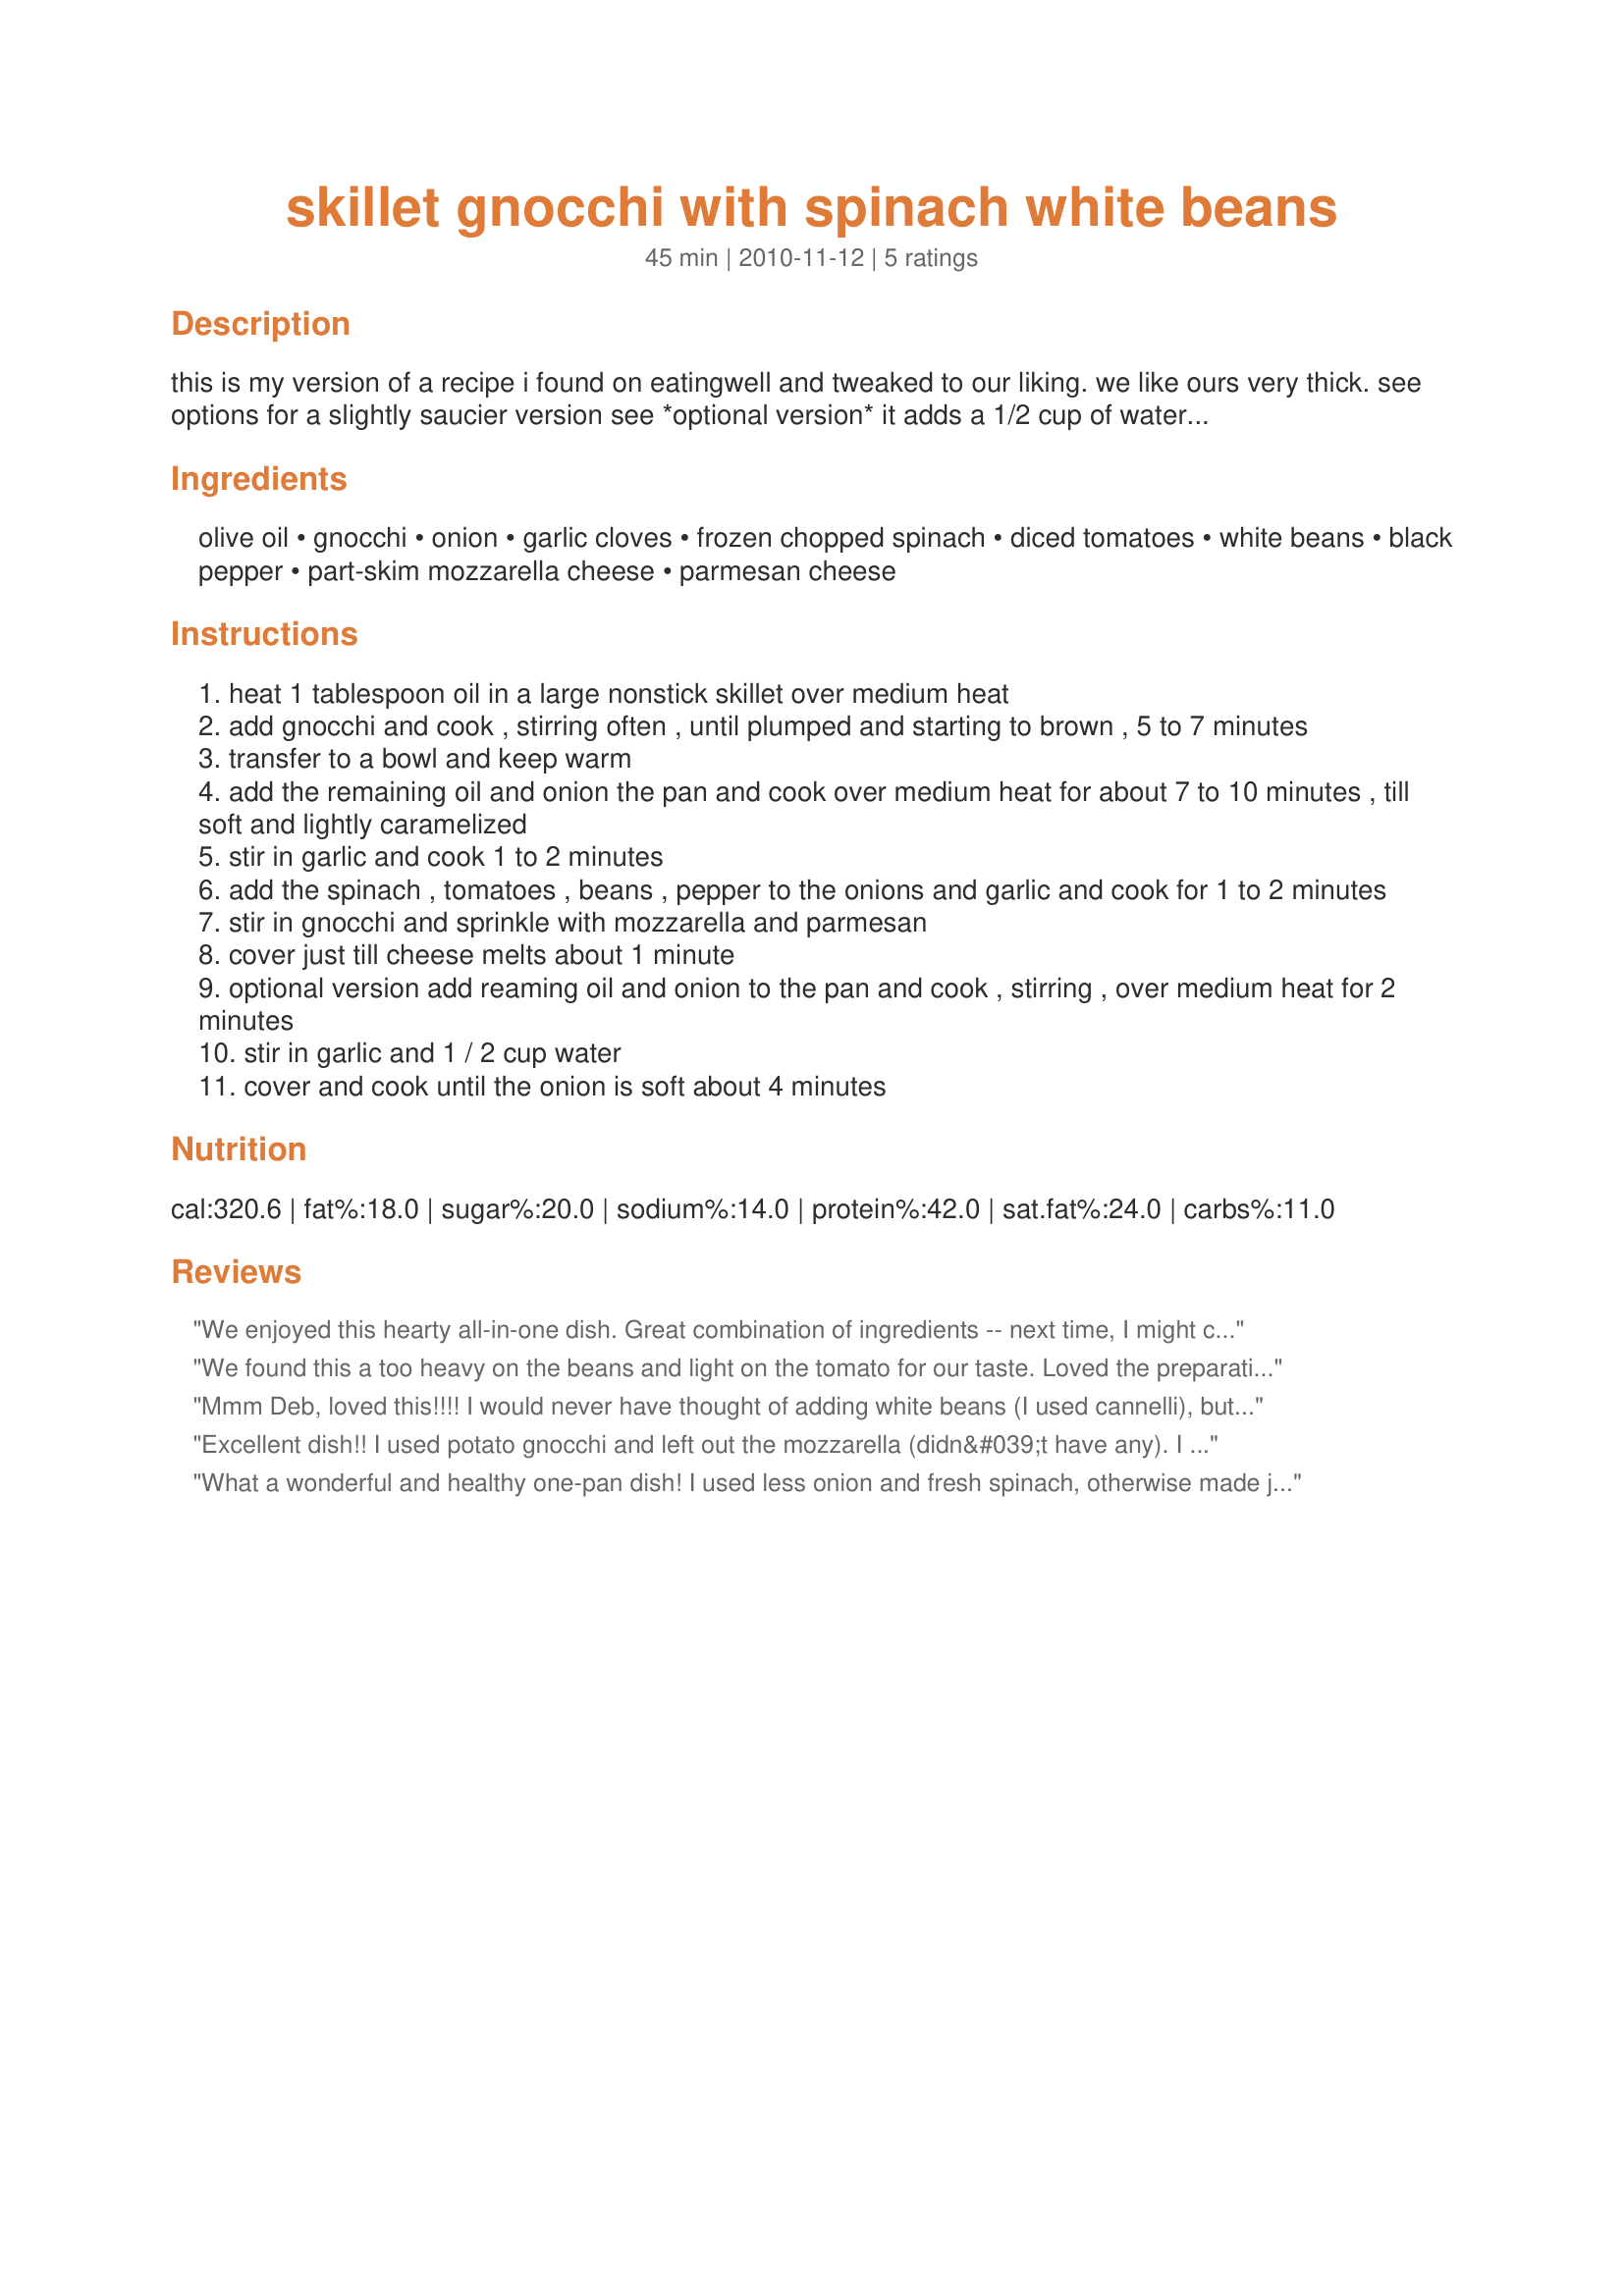
skillet gnocchi with spinach white beans
Preparation time: 45 minutes

this is my version of a recipe i found on eatingwell and tweaked to our liking. we like ours very thick. see options for a slightly saucier version see *optional version* it adds a 1/2 cup of water and changes how the onion is cooked.

Ingredients:
olive oil, gnocchi, onion, garlic cloves, frozen chopped spinach, diced tomatoes, white beans, black pepper, part-skim mozzarella cheese, parmesan cheese

Steps:
heat 1 tablespoon oil in a large nonstick skillet over medium heat
add gnocchi and cook , stirring often , until plumped and starting to brown , 5 to 7 minutes
transfer to a bowl and keep warm
add the remaining oil and onion the pan and cook over medium heat for about 7 to 10 minutes , till soft and lightly caramelized
stir in garlic and cook 1 to 2 minutes
add the spinach , tomatoes , beans , pepper to the onions and garlic and cook for 1 to 2 minutes
stir in gnocchi and sprinkle with mozzarella and parmesan
cover just till cheese melts about 1 minute
optional version add reaming oil and onion to the pan and cook , stirring , over medium heat for 2 minutes
stir in garlic and 1 / 2 cup water
cover and cook until the onion is soft about 4 minutes

Reviews:
We enjoyed this hearty all-in-one dish. Great combination of ingredients -- next time, I might cut the spinach by half and add some red pepper flakes to give it a little "kick". I will definitely make this dish again. Thanks for the post! Made for the Everyday is a Holiday tag game.
We found this a too heavy on the beans and light on the tomato for our taste. Loved the preparation of the gnocchi though. I&#039;ve never sauteed them before.
Mmm Deb, loved this!!!! I would never have thought of adding white beans (I used cannelli), but it really works! I like the addition of red pepper flakes by other reviewers, but the gnocchi I used were tomato/chilli flavour and really didnt need an extra kick. I didnt hold back on any ingredients, I like a saucy dish. I didnt add the mozzarella, not for any particular reason other than that I thought the grated parmesan was sufficient. Loved this tasty recipe, am having the leftovers for lunch, so fab! :) Made for International Agents of QUEST, Italian trip :)
Excellent dish!! I used potato gnocchi and left out the mozzarella (didn&#039;t have any). I also added red pepper flakes as Nancy&#039;s Pantry suggested. Hubby and I loved it. Will make this one often. Made for Everyday is a Holiday game 2013.
What a wonderful and healthy one-pan dish! I used less onion and fresh spinach, otherwise made just as directed. I didn't drain my tomatoes and thought that the amount of liquid was just right to make a nice sauce for the gnocchi. Loved this dish - thanks for sharing the recipe!
